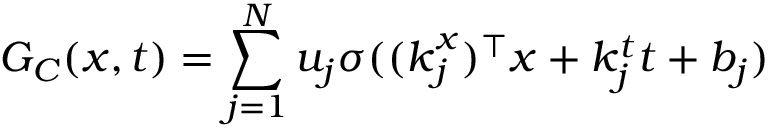
G _ { C } ( \boldsymbol { x } , t ) = \sum _ { j = 1 } ^ { N } u _ { j } \sigma ( ( \boldsymbol { k } _ { j } ^ { x } ) ^ { \top } \boldsymbol { x } + k _ { j } ^ { t } t + b _ { j } )